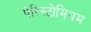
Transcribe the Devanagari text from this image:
पेरिस्टोमियम